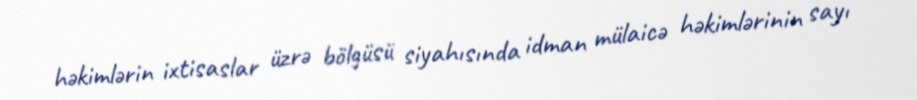
həkimlərin ixtisaslar üzrə bölgüsü siyahısında idman mülaicə həkimlərinin sayı